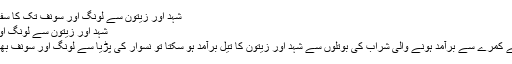
شہد اور زیتون سے لونگ اور سونف تک کا سفر | بلاگ - Geo.tv
شہد اور زیتون سے لونگ اور سونف تک کا سفر
جب شرجیل میمن کے کمرے سے برآمد ہونے والی شراب کی بوتلوں سے شہد اور زیتون کا تیل برآمد ہو سکتا تو نسوار کی پڑیا سے لونگ اور سونف بھی نکل سکتی ہے—۔